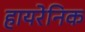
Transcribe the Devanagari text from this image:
हायरेनिक